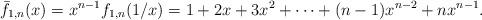
LaTeX: \begin{align*}\bar{f}_{1,n}(x)= x^{n-1}f_{1,n}(1/x)=1+2x+3x^{2}+\cdots +(n-1)x^{n-2}+nx^{n-1}.\end{align*}